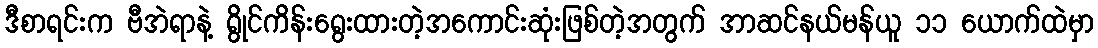
ဒီစာရင်းက ဗီအဲရာနဲ့ ရွိုင်ကိန်းရွေးထားတဲ့အကောင်းဆုံးဖြစ်တဲ့အတွက် အာဆင်နယ်မန်ယူ ၁၁ ယောက်ထဲမှာ